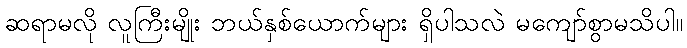
ဆရာမလို လူကြီးမျိုး ဘယ်နှစ်ယောက်များ ရှိပါသလဲ မကျော်စွာမသိပါ။